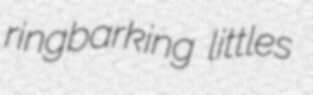
ringbarking littles